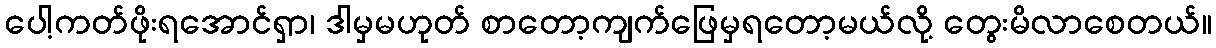
ပေါ့ကတ်ဖိုးရအောင်ရှာ၊ ဒါမှမဟုတ် စာတော့ကျက်ဖြေမှရတော့မယ်လို့ တွေးမိလာစေတယ်။